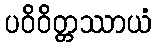
ပဝိဝိတ္တဿာယံ